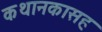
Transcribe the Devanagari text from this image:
कथानकासह